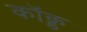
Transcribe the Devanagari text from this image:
कॉक्ड